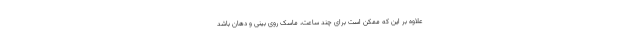
علاوه بر این‌ که ممکن است برای چند ساعت، ماسک روی بینی و دهان باشد